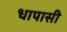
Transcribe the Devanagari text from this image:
धापासी